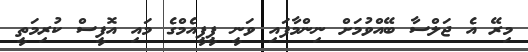
މިރޭ އެ ޖަލްސާ ބޭއްވުމަށް ނިންމާފައި ވަނީ ޕީޕީއެމްގެ މައި އޮފީސް ކުރިމަތީ